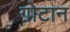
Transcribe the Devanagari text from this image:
गोटान